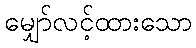
မျှော်လင့်ထားသော